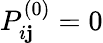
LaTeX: P_{i\mathbf{j}}^{(0)}=0